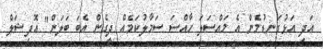
އަދި އަޅުގަނޑުމެން އެ މައްސަލަ ހާއްސަ ސަމާލުކަމެއް ދީގެން އެބަ ބަލަން" އޮފިޝަލް